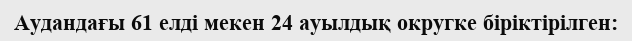
Аудандағы 61 елді мекен 24 ауылдық округке біріктірілген: